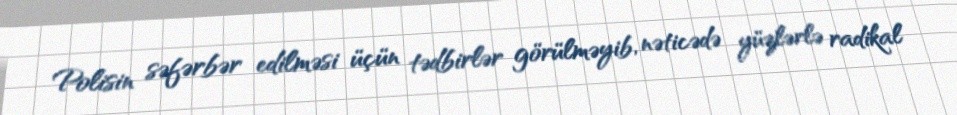
Polisin səfərbər edilməsi üçün tədbirlər görülməyib, nəticədə yüzlərlə radikal